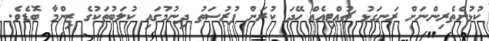
ކުޅުންތެރިންނަށް ރަނގަޅު ޗުއްޓިއެއް ހޭދަ ކުރަން ފުރުސަތު ދިނުމުގައި ކުލަބުތަކުގެ ޒިންމާ ބޮޑެވެ.